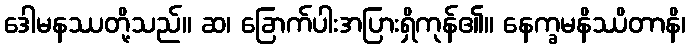
ဒေါမနဿတို့သည်။ ဆ၊ ခြောက်ပါးအပြားရှိကုန်၏။ နေက္ခမနိဿိတာနိ၊